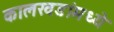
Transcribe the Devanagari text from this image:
कालखडांमध्ये